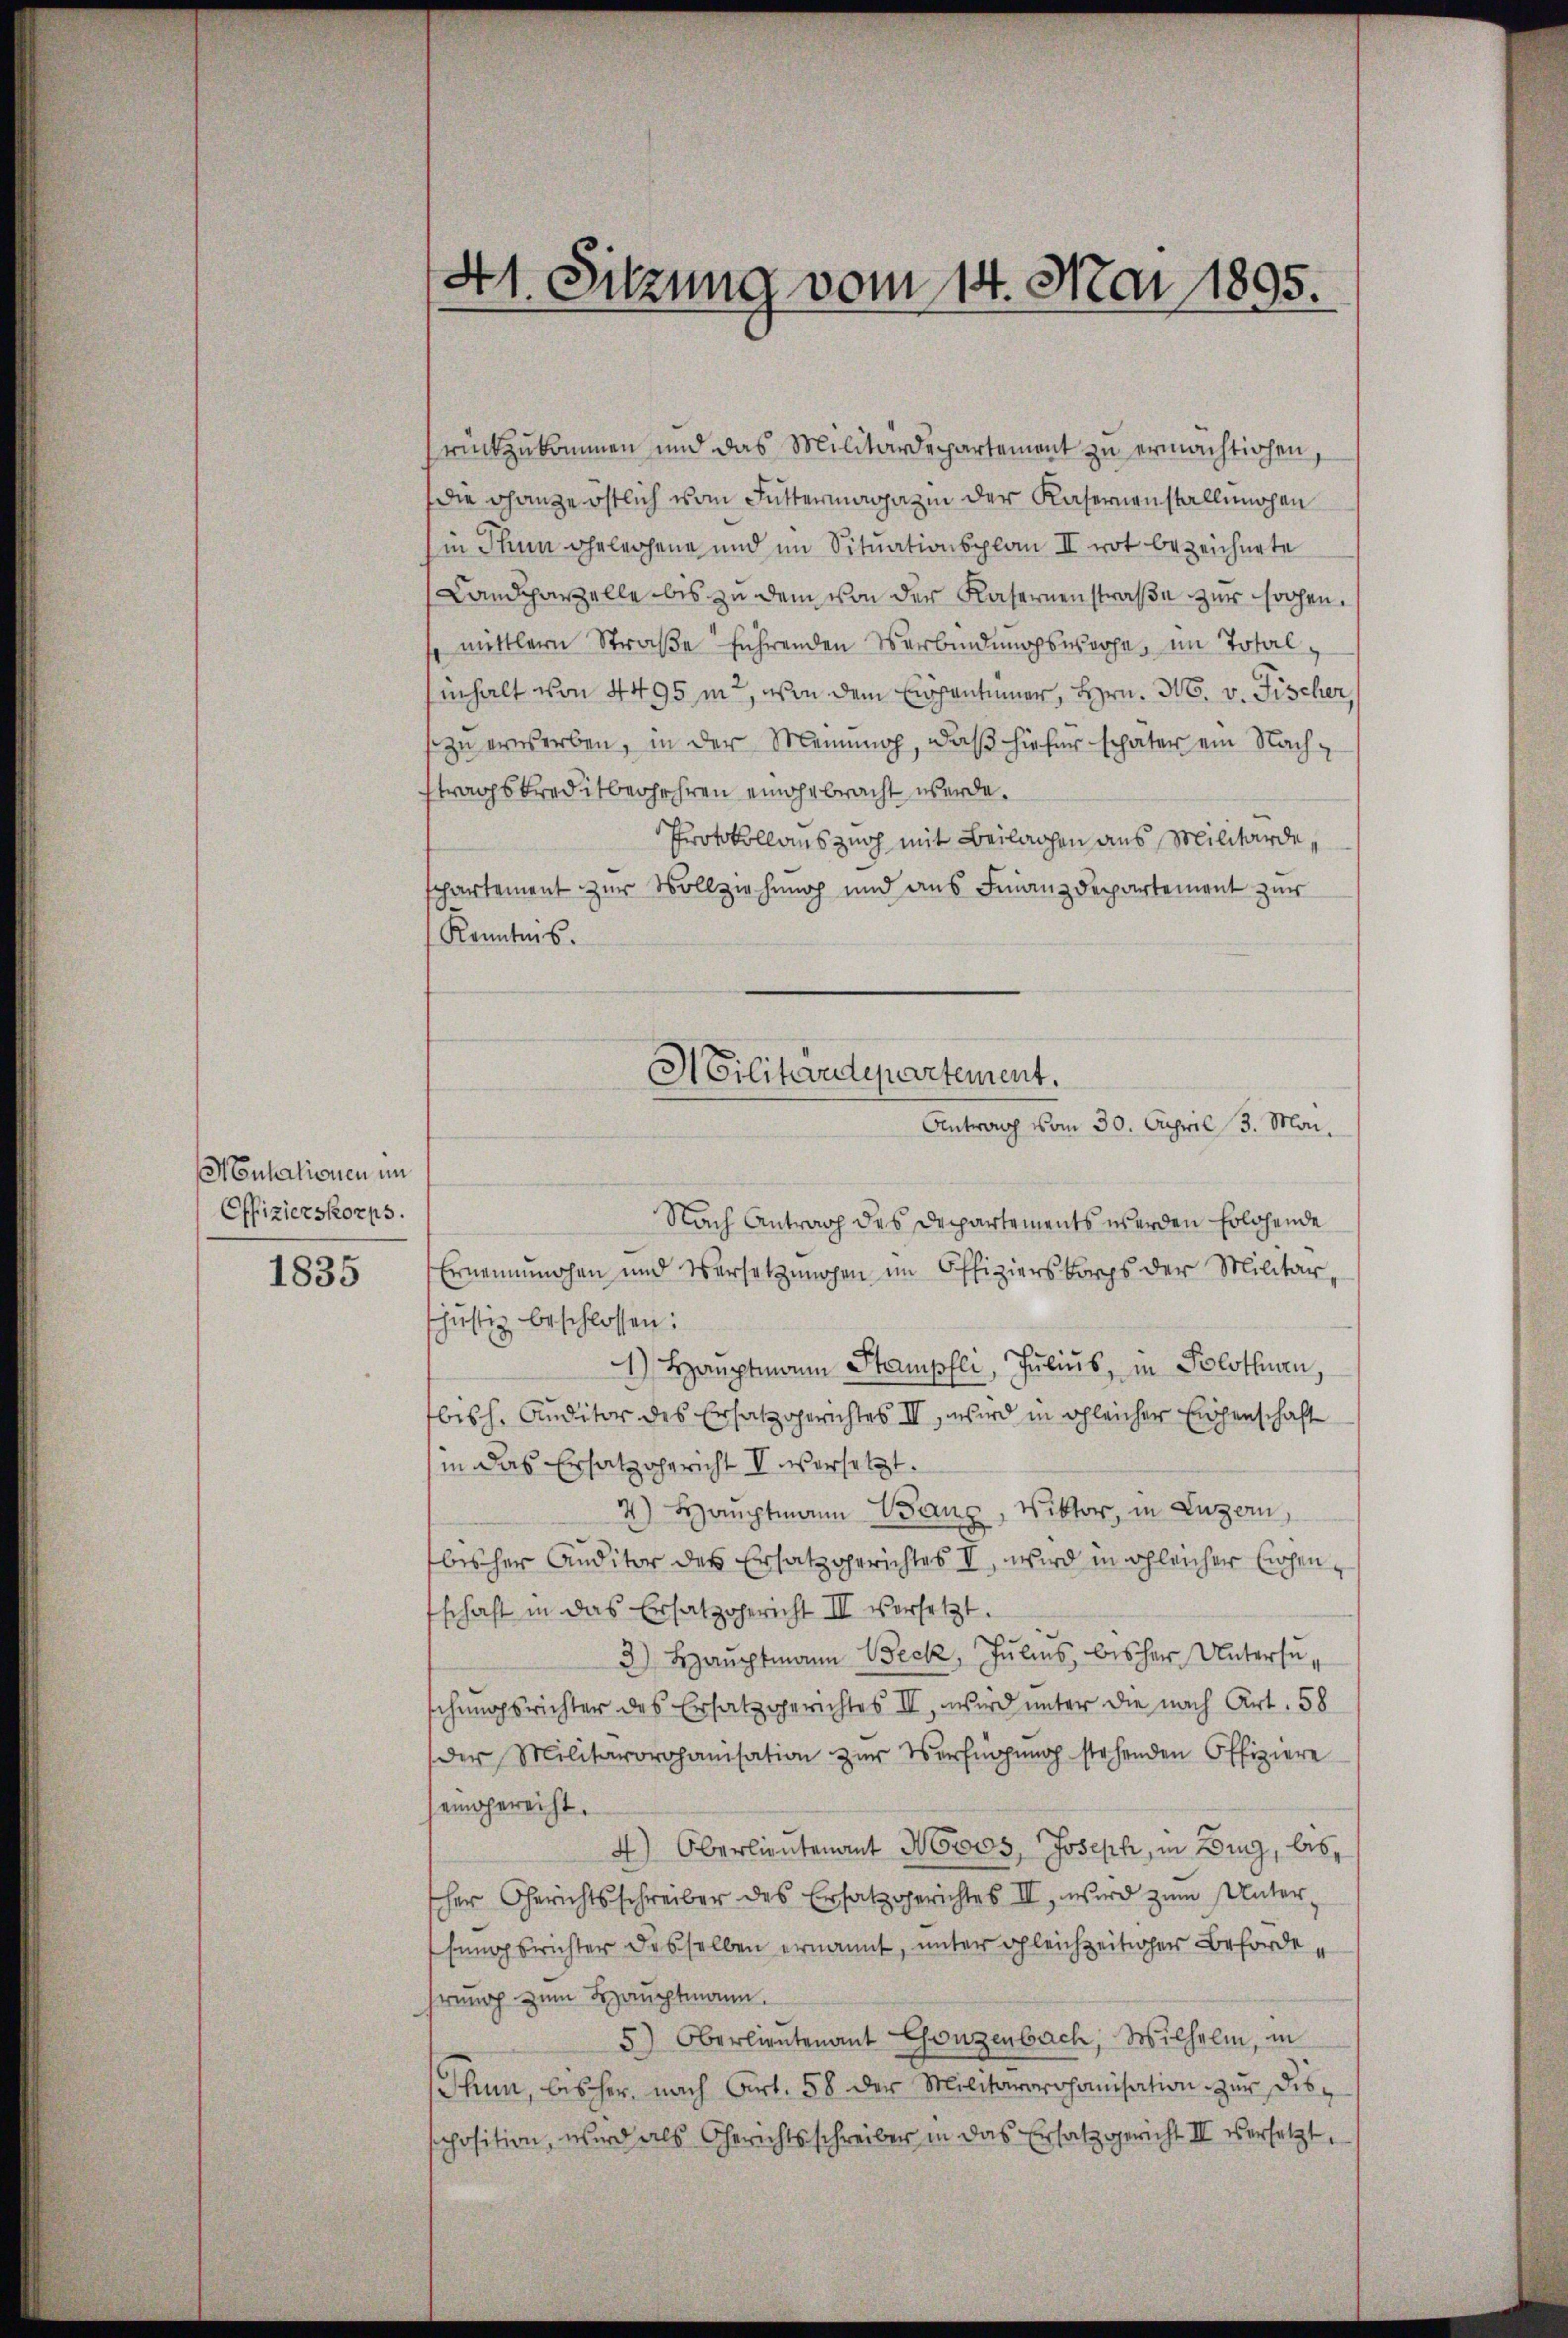
Montationen im
Offizierskorps.
1835

41. Sitzung vom 14. Mai 1895.

rückzukommen und das Militärdepartement zu ermachtigen
die ganze östlich vom Futtermagazin der Kasernenstallungen
in Thun geleihene und im Situationsplan II not bezeichnete
Landparzelle bis zu dem von der Kasernenstraße zur sogen.
mittlern Straße führenden Verbindungswoche, im Totalinhalt von 4495 m2, von dem Eigentümer, Hrn. N. v. Fischer,
zu erwerben, in der Meinung, daß hiefür schäter ein Nachftragskreditberfahren eingebracht werde.
Protokollauszug mit Beilagen aus Militärdechartement zur Vollziehung und aus Finanzdepartement zur
Kenntnis.
Nach Antrag des Departements werden Eolohende
Ernennungen und Versetzungen im Offizierskorps der Militär-
justiz beschlossen:
4) Hauptmann Stampfli, Julius, in Solothurn,
bisch. Auditor des Ersatz gerichtes III, wird in gleicher Einsenschaft
in das Ersatzgericht V versetzt.
4) Hauptmann Wang, Viktor, in Luzern,
bisher Auditor des Ersatzgerichtes I, wird in gleicher Eichenschaft in das Ersatzgericht III versetzt.
3) Hauptmann Beck, Julius, bisher Untersuschungsrichter des Ersatzgerichtes II, wird unter die nach Art. 58
der Militärorganisation zŭr Verfügŭng stehenden Offiziere
eingereicht.
4) Oberlieutenant Moos, Joseph, in Bing, bis
scher Gerichtsschreiber des Ersatz gerichtes III, wird zŭm Unter-
fungsrichter desselben ernannt, unter gleichzeitiger Beförderung zum Hauptmann.
5) Oberlieutenant Gonzenbach, Wilhelm, in
Thun, bisher nach Art. 58 der Militararchanisation zŭr disposition, wird als Gerichtsschreiber in das Ersatz gericht II versetzt.

HCilitärdepartement.
Antrag vom 30. April 13. Mai.